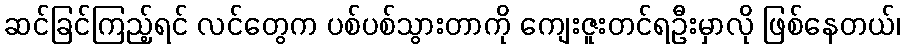
ဆင်ခြင်ကြည့်ရင် လင်တွေက ပစ်ပစ်သွားတာကို ကျေးဇူးတင်ရဦးမှာလို ဖြစ်နေတယ်၊